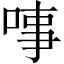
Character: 𠶝